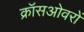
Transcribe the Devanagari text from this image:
क्रॉसओवरों